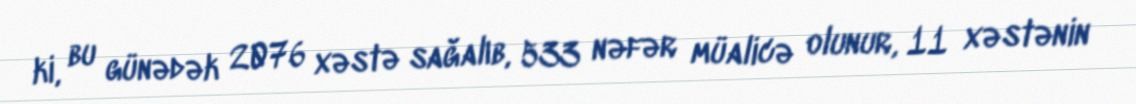
ki, bu günədək 2076 xəstə sağalıb, 533 nəfər müalicə olunur, 11 xəstənin